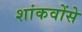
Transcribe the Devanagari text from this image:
शांकवोंसे